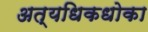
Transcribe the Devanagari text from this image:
अत्यधिकधोका